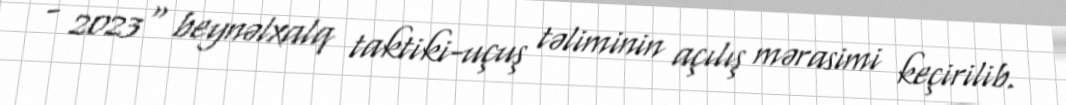
- 2023" beynəlxalq taktiki-uçuş təliminin açılış mərasimi keçirilib.